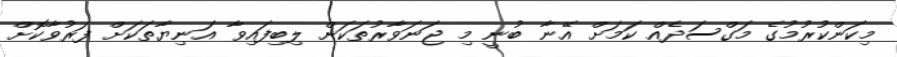
މިކަންކުރުމުގެ މަގްސަދެއް ކަމަށް އޭނާ ބުނީ މި ޖަނަވާރުތަކަށް ލިބިފައިވާ އަނިޔާތަކަށް ފަރުވާކޮށް